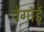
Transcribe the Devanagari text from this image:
वेगॉर्ड